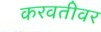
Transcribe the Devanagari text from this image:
करवतीवर